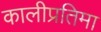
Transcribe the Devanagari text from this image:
कालीप्रतिमा